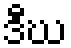
ဒီဃ